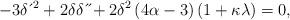
LaTeX: \begin{align*}-3\delta \,\acute{}\,^{2}+2\delta \delta \,\acute{}\,\acute{}+2\delta^{2}\left( 4\alpha-3\right) \left( 1+\kappa \lambda \right) =0,\end{align*}